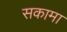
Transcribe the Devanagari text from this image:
सकामा